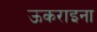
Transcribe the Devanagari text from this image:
ऊकराइना